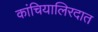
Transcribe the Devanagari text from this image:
कांचियालिरदात